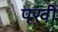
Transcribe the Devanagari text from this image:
पखी